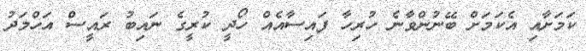
ކަމަށާއި އެކަމަށް ބޭނުންވާނެ ހުރިހާ ފައިސާއެއް ހޯދީ ކުރީގެ ނައިބު ރައީސް އަހްމަދު